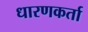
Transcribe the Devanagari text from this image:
धारणकर्ता